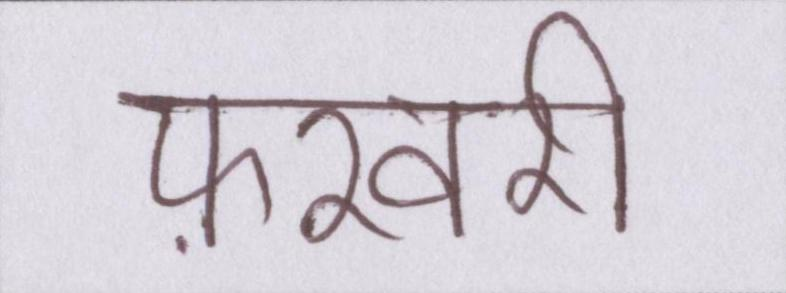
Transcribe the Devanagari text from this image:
फ़रवरी